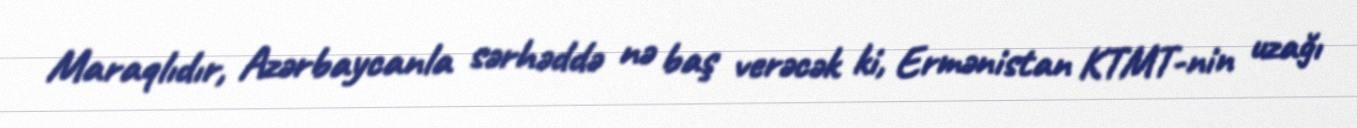
Maraqlıdır, Azərbaycanla sərhəddə nə baş verəcək ki, Ermənistan KTMT-nin uzağı